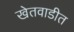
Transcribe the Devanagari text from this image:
खेतवाडीत